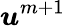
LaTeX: \boldsymbol u^{m+1}